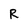
Character: R